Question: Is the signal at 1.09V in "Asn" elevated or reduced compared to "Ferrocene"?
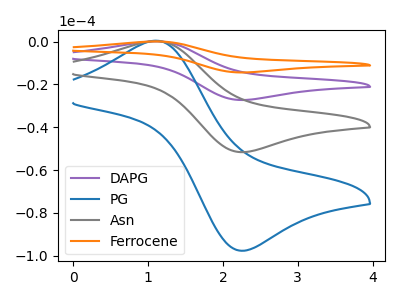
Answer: <think>The purple curve "DAPG" has an anodic peak at (1.10V, 0.45uA) and a cathodic peak at (2.30V, -103.20uA). The blue curve "PG" has an anodic peak at (1.10V, 0.40uA) and a cathodic peak at (2.30V, -97.65uA). The gray curve "Asn" has an anodic peak at (1.10V, 0.20uA) and a cathodic peak at (2.30V, -51.60uA). The orange curve "Ferrocene" has an anodic peak at (1.10V, 0.65uA) and a cathodic peak at (2.30V, -154.85uA).</think>
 <answer>The peak at 1.09V is lower in "Asn" than in "Ferrocene".</answer>
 <eval>lower</eval>